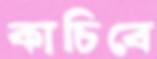
কাচিবে